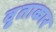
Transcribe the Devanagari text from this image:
वृ्ताकार